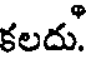
కలదు.